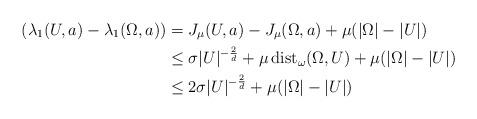
LaTeX: \begin{align*} (\lambda_1(U,a) - \lambda_1(\Omega,a)) &= J_{\mu}(U,a) - J_{\mu}(\Omega,a) + \mu(|\Omega| - |U|)\\ & \leq \sigma |U|^{-\frac{2}{d}} +\mu\, \textup{dist}_\omega(\Omega,U) +\mu(|\Omega| - |U|)\\ &\leq 2\sigma |U|^{-\frac{2}{d}}+\mu(|\Omega| - |U|) \end{align*}